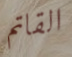
القاتم